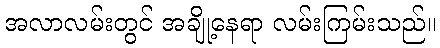
အလာလမ်းတွင် အချို့နေရာ လမ်းကြမ်းသည်။